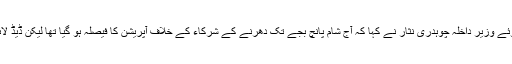
بدھ کی شام اسلام آباد میں ایک پریس کانفرنس سے خطاب کرتے ہوئے وزیر داخلہ چوہدری نثار نے کہا کہ آج شام پانچ بجے تک دھرنے کے شرکاء کے خلاف آپریشن کا فیصلہ ہو گیا تھا لیکن ڈیڈ لائن کے آخری لمحات میں قابل احترام شخصیات نے اہم کردار ادا کیا۔